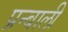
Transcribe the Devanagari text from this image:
प्रन्बाली